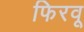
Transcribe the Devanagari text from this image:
फिरवू